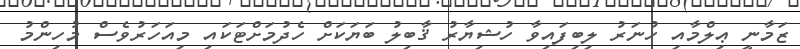
ޒަމާނީ ޢިލްމާއި ހުނަރު ލިބިފައިވާ ހުޝިޔާރު ޤާބިލު ބަޔަކަށް ހެދުމަށްޓަކައި މިއަހަރުވެސް މުހިންމު